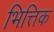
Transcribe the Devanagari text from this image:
भित्तिक